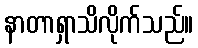
နာတာရှာသိလိုက်သည်။